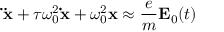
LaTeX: \mathbf { \ddot { x } } + \tau \omega _ { 0 } ^ { 2 } \mathbf { \dot { x } } + \omega _ { 0 } ^ { 2 } \mathbf { x } \approx { \frac { e } { m } } \mathbf { E } _ { 0 } ( t )